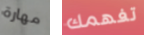
مهارة تفهمك